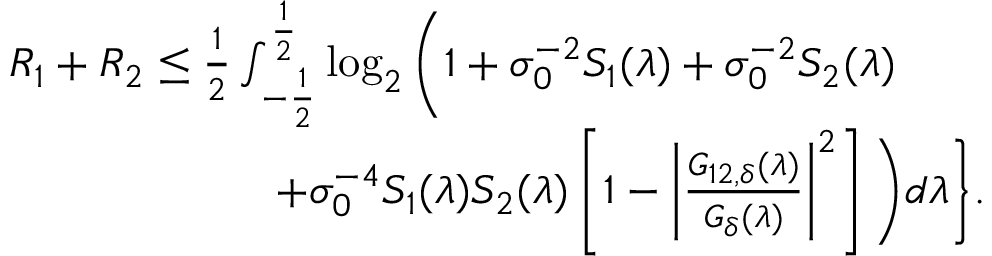
\begin{array} { r l } & { R _ { 1 } + R _ { 2 } \leq \frac { 1 } { 2 } \int _ { - \frac { 1 } { 2 } } ^ { \frac { 1 } { 2 } } \log _ { 2 } \bigg ( 1 + \sigma _ { 0 } ^ { - 2 } S _ { 1 } ( \lambda ) + \sigma _ { 0 } ^ { - 2 } S _ { 2 } ( \lambda ) } \\ & { \quad \quad \quad \quad \quad \quad + \sigma _ { 0 } ^ { - 4 } S _ { 1 } ( \lambda ) S _ { 2 } ( \lambda ) \left[ 1 - \left| \frac { G _ { 1 2 , \delta } ( \lambda ) } { G _ { \delta } ( \lambda ) } \right| ^ { 2 } \right] \bigg ) d \lambda \bigg \} . } \end{array}